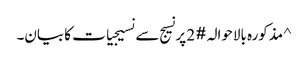
^ مذکورہ بالاحوالہ #2 پر نسیج سے نسیجیات کا بیان۔